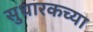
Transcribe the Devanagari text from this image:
सुधारकच्या